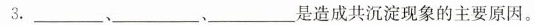
3.___、___、___是造成共沉淀现象的主要原因。